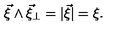
\vec { \xi } \wedge \vec { \xi } _ { \perp } = | \vec { \xi } | = \xi .